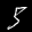
Label: 5